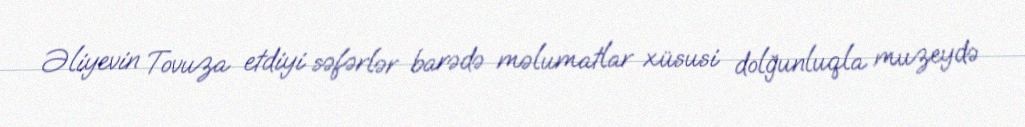
Əliyevin Tovuza etdiyi səfərlər barədə məlumatlar xüsusi dolğunluqla muzeydə